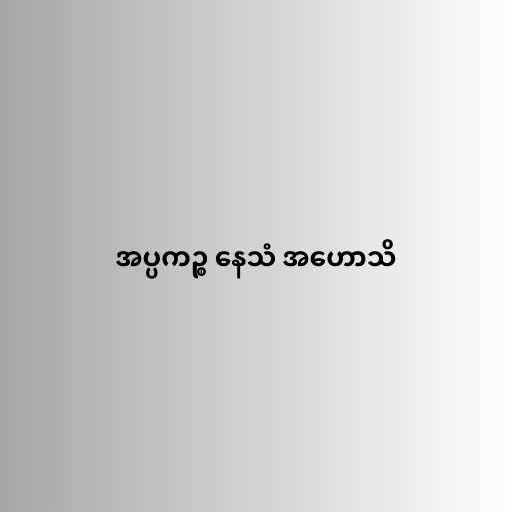
အပ္ပကဉ္စ နေသံ အဟောသိ